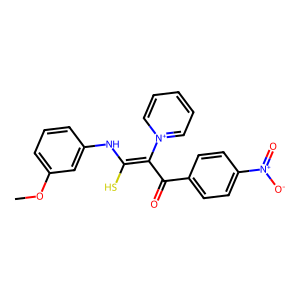
SMILES: COc1cccc(NC(S)=C(C(=O)c2ccc([N+](=O)[O-])cc2)[n+]2ccccc2)c1
Inhibits HIV replication: No